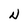
Character: N